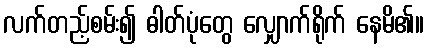
လက်တည့်စမ်း၍ ဓါတ်ပုံတွေ လျှောက်ရိုက် နေမိ၏။